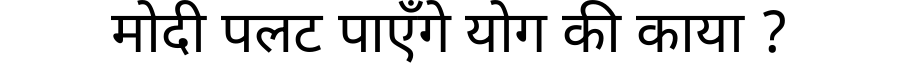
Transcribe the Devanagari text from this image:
मोदी पलट पाएँगे योग की काया ?